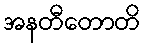
အနတီတောတိ